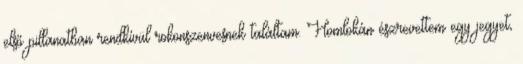
első pillanatban rendkívül rokonszenvesnek találtam. Homlokán észrevettem egy jegyet,